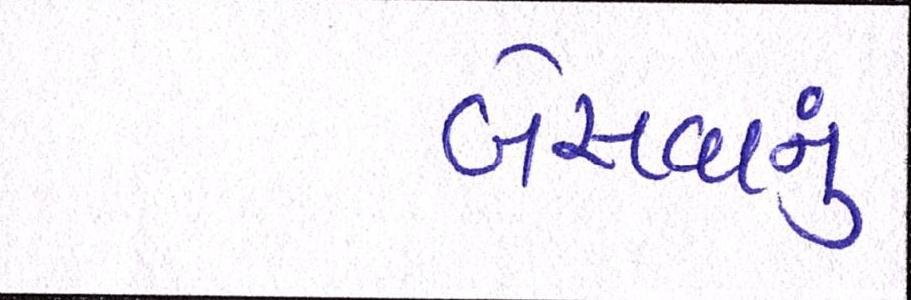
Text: બેસવાનું